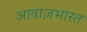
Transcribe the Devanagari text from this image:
आवाज़भारत